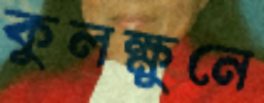
কুলক্ষুনে